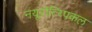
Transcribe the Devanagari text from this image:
नयूरोत्य्पिकल